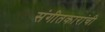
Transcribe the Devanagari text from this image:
संगीतकारांची